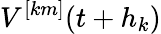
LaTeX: V^{[km]}(t+h_{k})